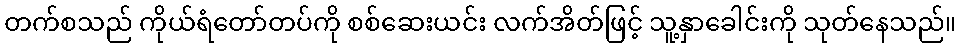
တက်စသည် ကိုယ်ရံတော်တပ်ကို စစ်ဆေးယင်း လက်အိတ်ဖြင့် သူ့နှာခေါင်းကို သုတ်နေသည်။